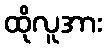
ထိုလူအား